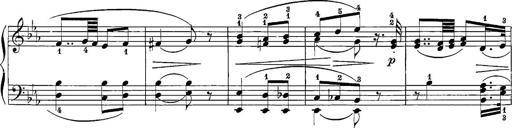
Title: 12 Sonatine per Pianoforte
Composer: Friedrich Kuhlau